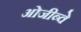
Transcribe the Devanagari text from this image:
ओजीब्वे